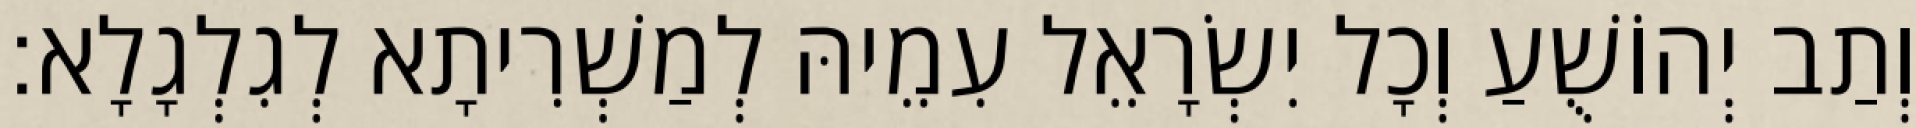
וְתַב יְהוֹשֻׁעַ וְכָל יִשְׂרָאֵל עִמֵיהּ לְמַשְׁרִיתָא לְגִלְגָלָא׃